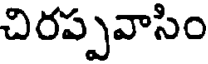
చిరప్పవాసిం